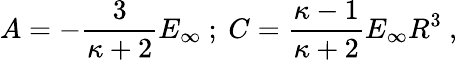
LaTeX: A=-{\frac{3}{\kappa+2}}E_{\infty}\ ;\ C={\frac{\kappa-1}{\kappa+2}}E_{\infty}R^{3}\ ,